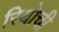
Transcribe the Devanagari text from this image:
रियोची